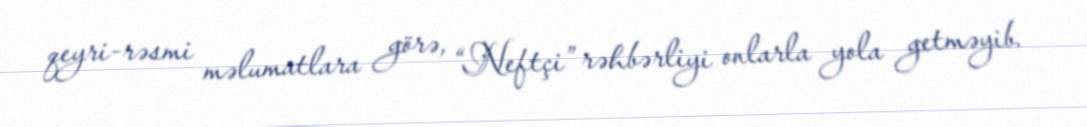
qeyri-rəsmi məlumatlara görə, “Neftçi” rəhbərliyi onlarla yola getməyib.